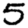
Digit: 5